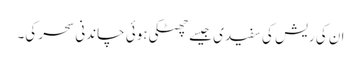
ان کی ریش کی سفیدی جیسے چھٹکی ہوئی چاندنی سحر کی۔